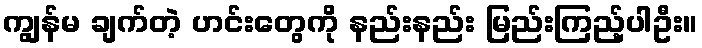
ကျွန်မ ချက်တဲ့ ဟင်းတွေကို နည်းနည်း မြည်းကြည့်ပါဦး။